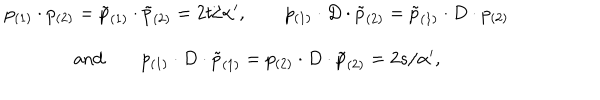
LaTeX: \begin{array} { c } { { p _ { ( 1 ) } \cdot p _ { ( 2 ) } = \tilde { p } _ { ( 1 ) } \cdot \tilde { p } _ { ( 2 ) } = 2 t / \alpha ^ { \prime } , \qquad p _ { ( 1 ) } \cdot D \cdot \tilde { p } _ { ( 2 ) } = \tilde { p } _ { ( 1 ) } \cdot D \cdot p _ { ( 2 ) } } } \\ { { \mathrm { a n d } \qquad p _ { ( 1 ) } \cdot D \cdot \tilde { p } _ { ( 1 ) } = p _ { ( 2 ) } \cdot D \cdot \tilde { p } _ { ( 2 ) } = 2 s / \alpha ^ { \prime } , } } \\ \end{array}